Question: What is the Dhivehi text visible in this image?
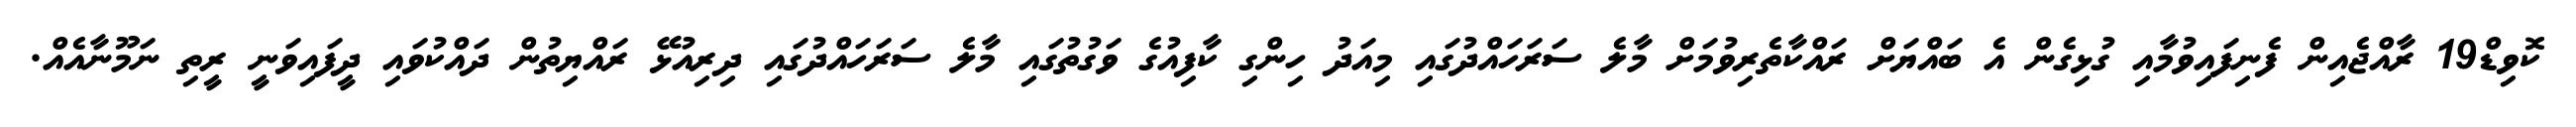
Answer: ކޮވިޑް19 ރާއްޖެއިން ފެނިފައިވުމާއި ގުޅިގެން އެ ބައްޔަށް ރައްކާތެރިވުމަށް މާލެ ސަރަހައްދުގައި މިއަދު ހިންގި ކާފިއުގެ ވަގުތުގައި މާލެ ސަރަހައްދުގައި ދިރިއުޅޭ ރައްޔިތުން ދައްކުވައި ދީފައިވަނީ ރީތި ނަމޫނާއެއް.